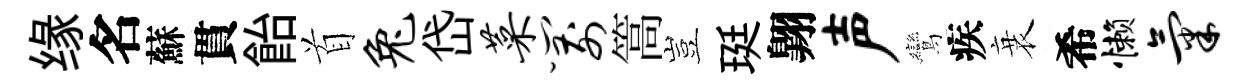
缘名蘇貫飴首兔岱菜箭篙豈珽翺声鸞疾衰希懒气